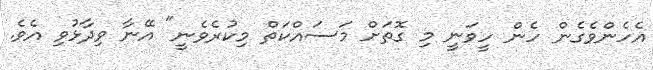
އެހެންވެގެން ހެން ހީވަނީ މި ގޮތަށް މަސައްކަތް މިކުރެވެނީ" އޭނާ ވިދާޅުވި އެވެ.